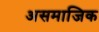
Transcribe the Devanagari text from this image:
असमाजिक